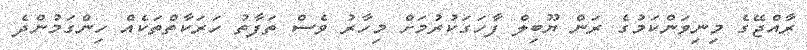
ރާއްޖޭގެ މިނިވަަންކަމުގެ ރަން ޔޫބިލް ފާހަގަކުރުމަށް މިހާރު ވެސް ތަފާތު ހަރަކާތްތަކެއް ހިންގަމުންދެ